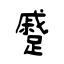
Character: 蹙